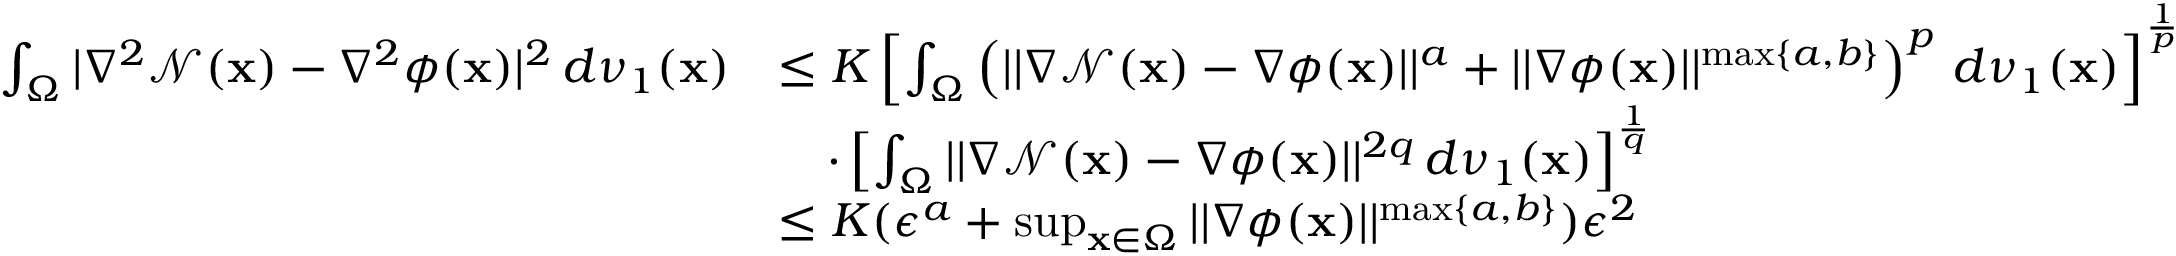
\begin{array} { r l } { \int _ { \Omega } | \nabla ^ { 2 } \mathcal { N } ( \mathbf { x } ) - \nabla ^ { 2 } \phi ( \mathbf { x } ) | ^ { 2 } \, d \nu _ { 1 } ( \mathbf { x } ) } & { \leq K \left[ \int _ { \Omega } \left( | | \nabla \mathcal { N } ( \mathbf { x } ) - \nabla \phi ( \mathbf { x } ) | | ^ { a } + | | \nabla \phi ( \mathbf { x } ) | | ^ { \operatorname* { m a x } \{ a , b \} } \right) ^ { p } \, d \nu _ { 1 } ( \mathbf { x } ) \right] ^ { \frac { 1 } { p } } } \\ & { \quad \cdot \left[ \int _ { \Omega } | | \nabla \mathcal { N } ( \mathbf { x } ) - \nabla \phi ( \mathbf { x } ) | | ^ { 2 q } \, d \nu _ { 1 } ( \mathbf { x } ) \right] ^ { \frac { 1 } { q } } } \\ & { \leq K ( \epsilon ^ { a } + \operatorname* { s u p } _ { \mathbf { x } \in \Omega } | | \nabla \phi ( \mathbf { x } ) | | ^ { \operatorname* { m a x } \{ a , b \} } ) \epsilon ^ { 2 } } \end{array}